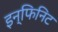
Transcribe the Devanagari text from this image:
इन्फिनिट